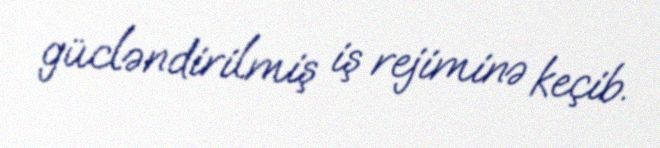
gücləndirilmiş iş rejiminə keçib.